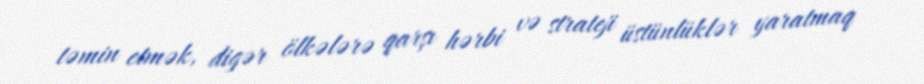
təmin etmək, digər ölkələrə qarşı hərbi və strateji üstünlüklər yaratmaq